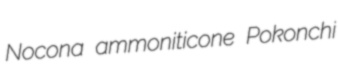
Nocona ammoniticone Pokonchi